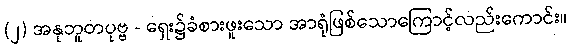
(၂) အနုဘူတပုဗ္ဗ - ရှေး၌ခံစားဖူးသော အာရုံဖြစ်သောကြောင့်လည်းကောင်း။